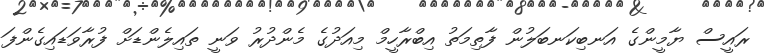
ރައީސް ޔާމީންގެ އަނބިކަނބަލުން ފާތިމަތު އިބްރާހީމް މިއަދުގެ މެންދުރު ވަނީ ތައިލެންޑަށް ފުރާވަޑައިގެންފަ